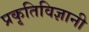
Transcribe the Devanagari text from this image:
प्रकृतिविज्ञानी